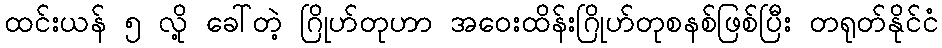
ထင်းယန် ၅ လို့ ခေါ်တဲ့ ဂြိုဟ်တုဟာ အဝေးထိန်းဂြိုဟ်တုစနစ်ဖြစ်ပြီး တရုတ်နိုင်ငံ